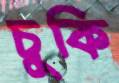
চুকি